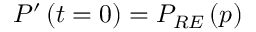
P ^ { \prime } \left( t = 0 \right) = P _ { R E } \left( p \right)